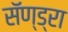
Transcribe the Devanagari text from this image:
सॅण्ड्रा